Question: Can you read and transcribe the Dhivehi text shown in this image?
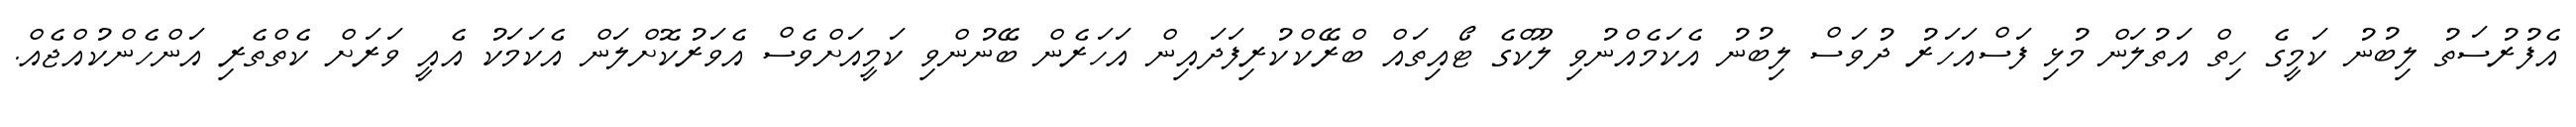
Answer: އެފުރުސަތު ލިބުނު ކަމީގެ ހިތް އަތުލަން މުޅި ފަސްއަހަރު ދުވަސް ލިބުނު އެކަމެއްނުވި ލޫކްގެ ޓޯއިތައް ބްރޭކްކުރިފަދައިން އަހަރެން ބޭނުންވި ކަމީއަށްވެސް އެވަރުކޮށްލަން އެކަމަކު އެއީ ވަރަށް ކެތްތެރި އަންހެންކުއްޖެއް.